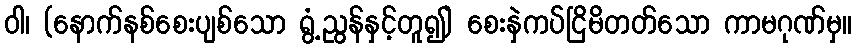
ဝါ၊ (နောက်နစ်စေးပျစ်သော ရွံ့ညွန်နှင့်တူ၍) စေးနှဲကပ်ငြိမိတတ်သော ကာမဂုဏ်မှ။